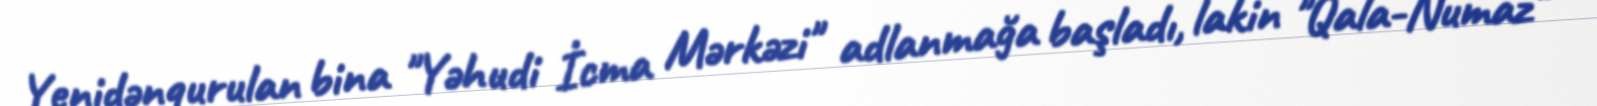
Yenidənqurulan bina "Yəhudi İcma Mərkəzi" adlanmağa başladı, lakin "Qala-Numaz"